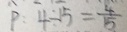
p : 4 \div 1 5 = \frac { 4 } { 1 5 }